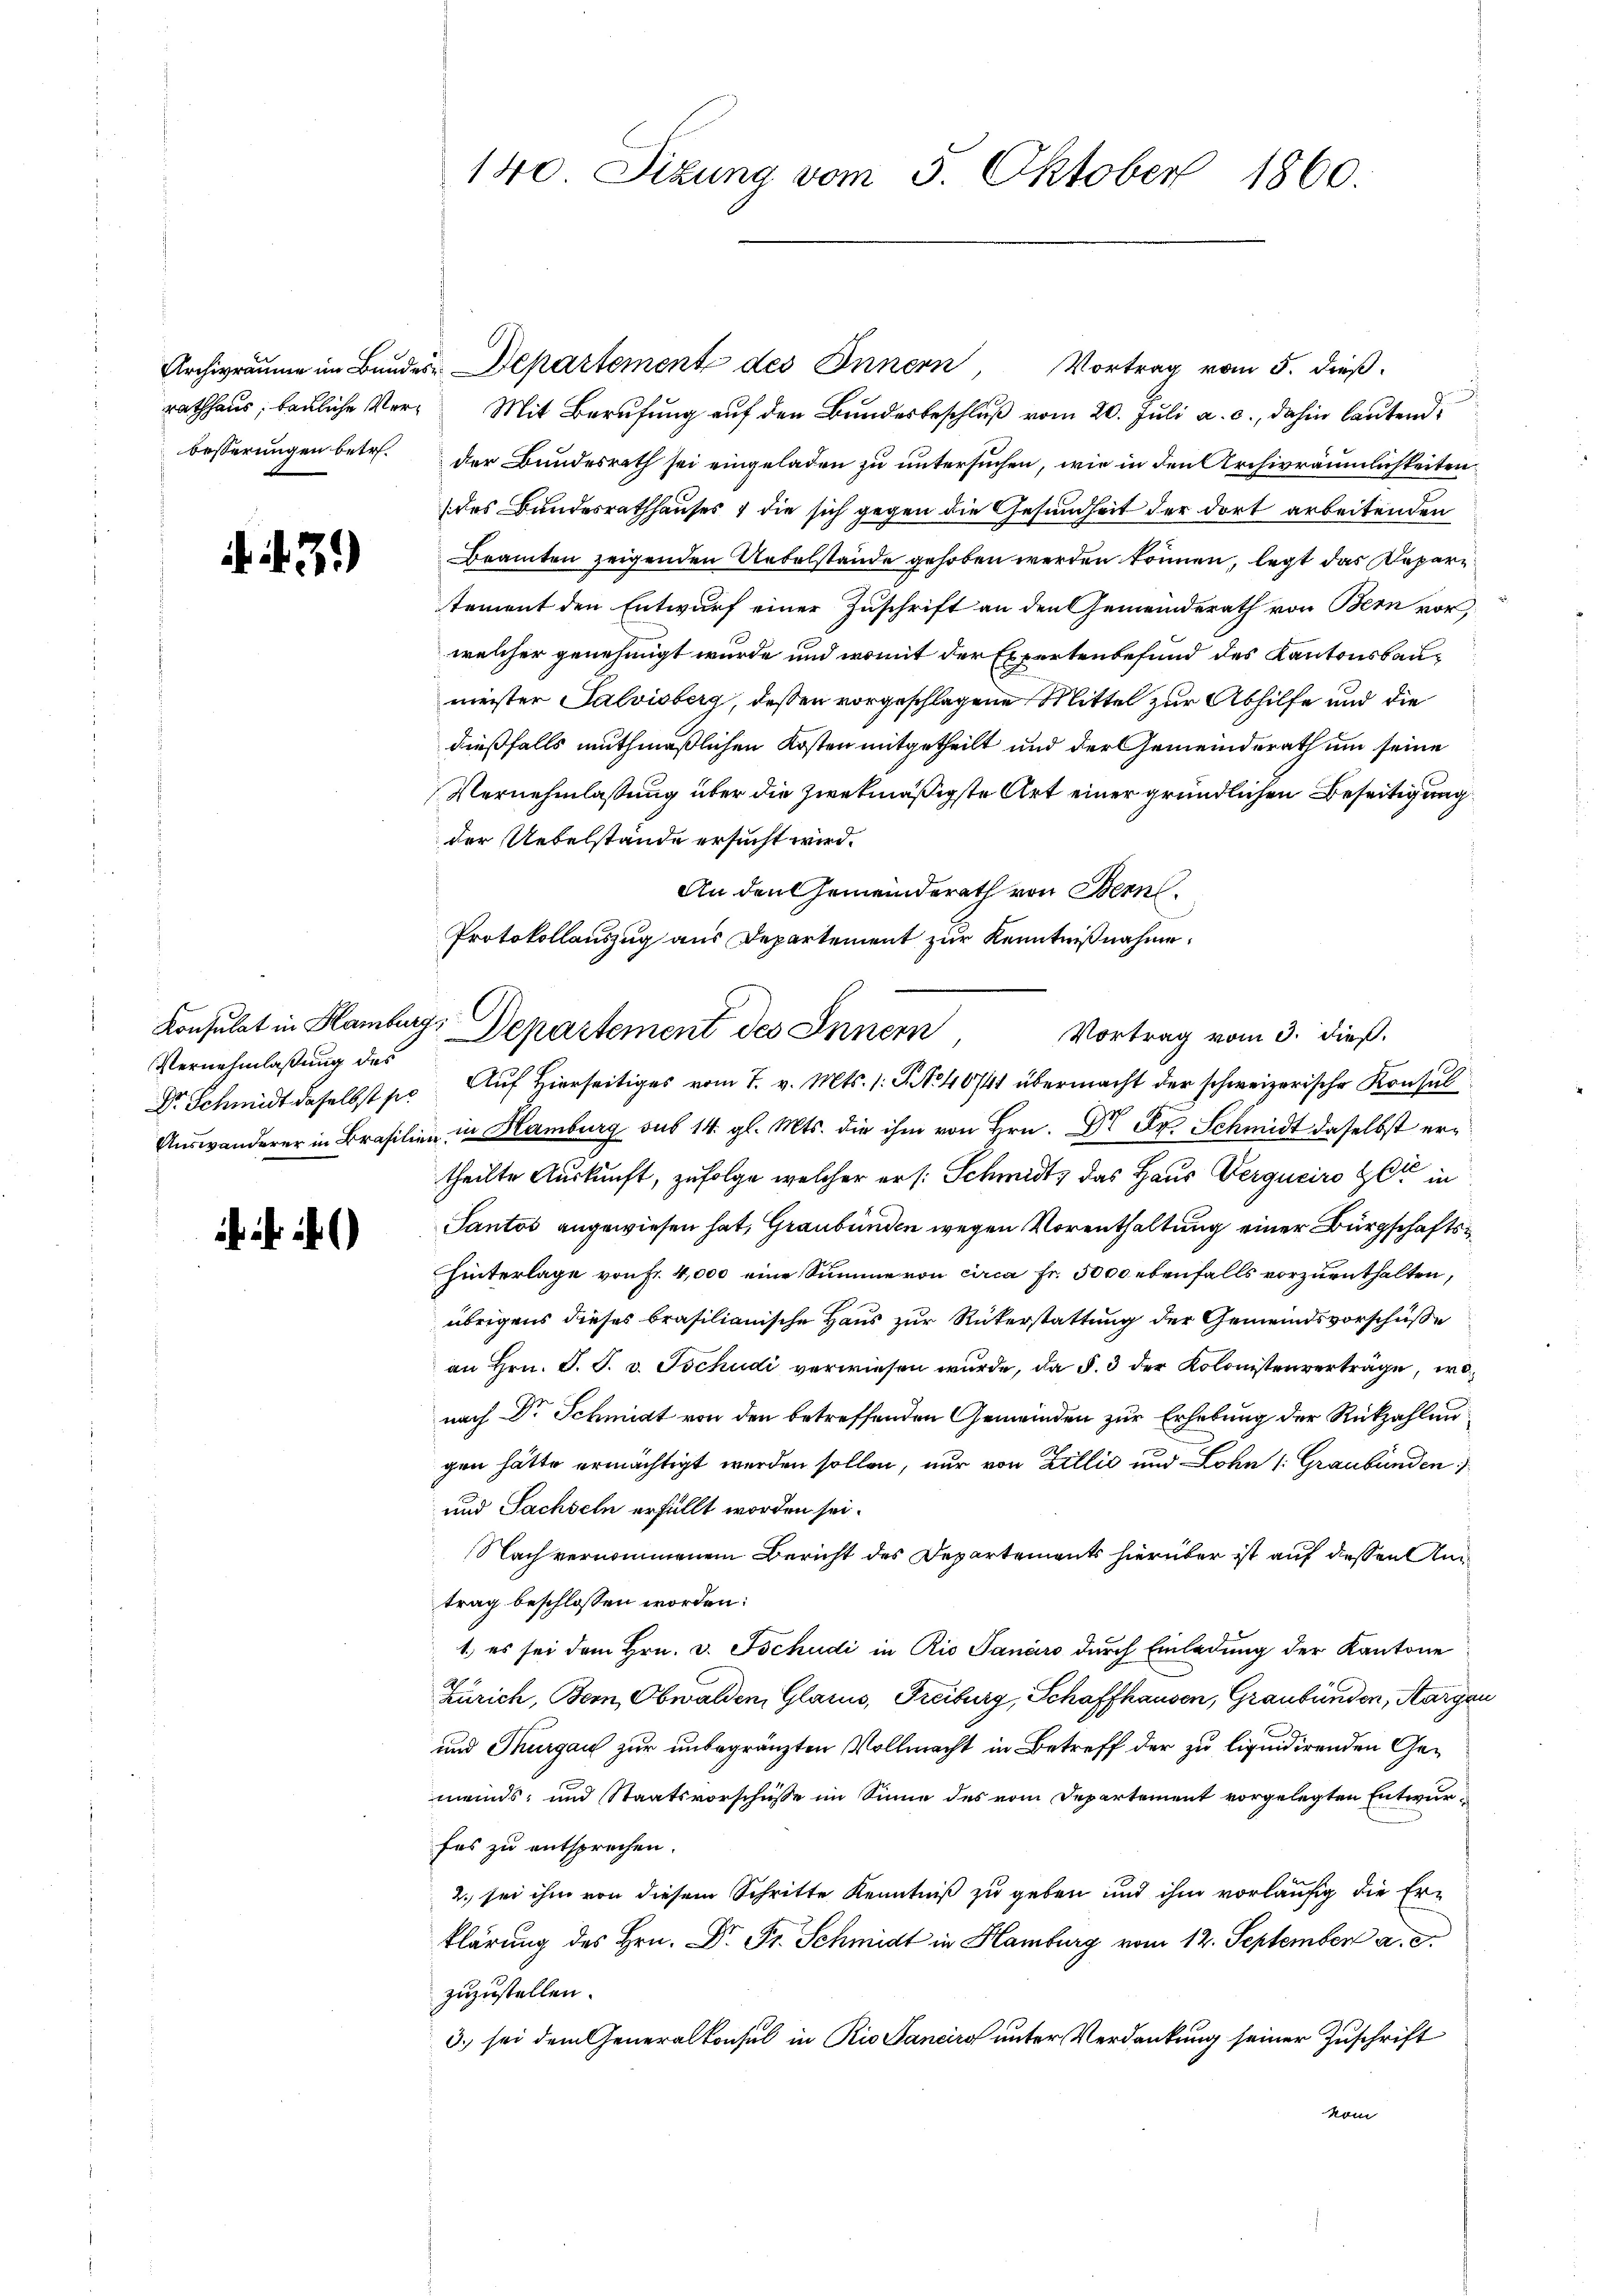
rathhaus; bauliche Verbesserungen betr.

3.)

Vernehmlassung des
Dr. Schmidt daselbst sie

..

140. Sizung vom 5. Oktober 1860.

Archivräume im Bundes-Departement des Innern, Vortrag vom 5. dieß.
Mit Berufung auf den Bundesbeschluß vom 20. Juli a. c., dahin lautend
der Bundesrath sei eingeladen zu untersuchen, wie in den Archivräumlichkeiten
des Bundesrathhauses & die sich gegen die Gesundheit der dort arbeitenden
Beamten zeigenden Uebelstände gehoben werden können, legt das Depar
tement den Entwurf einer Zuschrift an den Gemeinderath von Bern vor,
welcher genehmigt wurde und womit der Expertenbefund des Kantonsbaumeister Salvisberg, dessen vorgeschlagene Mittel zur Abhilfe und die
dießfalls muthmaßlichen Kosten mitgetheilt und der Gemeinderath um seine
Vernehmlassung über die zwekmäßigste Art einer gründlichen Beseitigung
der Uebelstände ersucht wird.
An den Gemeinderath von Bern.
Protokollauszug aus Departement zur Kenntnißnahme.
Auswanderer in Brasilie in Hamburg sub 14. gl. Mts. die ihm von Hrn. Dr Fr. Schmidt daselbst ertheilte Auskunft, zufolge welcher er /: Schmidt, das Haus Verguciro et in
Pantos angewiesen hat, Graubünden wegen Vorenthaltung einer Bürgschaftshinterlage von Fr. 4,000 eine Summe von circa Fr. 5000 ebenfalls vorzuenthalten,
übrigens dieses brasilianische Haus zur Rükerstattung der Gemeindsvorschüße
an Hrn. J. J. v. Tschudi verwiesen wurde, da §. 3 der Kolonistenverträge, wonach Dr Schmidt von den betreffenden Gemeinden zur Erhebung der Rückzahlengen hätte ermächtigt werden sollen, nur von Zillić und Lohn /: Graubünden
und Sachseln erfüllt worden sei.
Nach vernommenem Bericht des Departements hierüber ist auf dessen Antrag beschlossen worden:
1.) es sei dem Hrn. v. Tschudi in Rio Sanaro durch Einladung der Kantone
Zürich, Bern, Obwalden, Glarus, Freiburg, Schaffhausen, Graubünden, Aargau
und Thurgau zur unbegränzten Vollmacht in Betreff der zu liquidirenden Gemeinds- und Staatsvorschüsse im Sinne des vom Departement vorgelegten Entwurfes zu entsprechen.
2. sei ihm von diesem Schritte Kenntniß zu geben und ihm vorläufig die Erklärung des Hrn. Dr. Fr. Schmidt in Hamburg vom 12. September a. c.
zuzustellen.
3. sei dem Generalkonsul in Riovanciro unter Verdankung seiner Zuschrift
kom

Konsulat in Hamburg, Departement des Innern
Auf Hierseitiges vom 7. v. Mts. 1. No 40/41 übermacht der schweizerische Konsul

Vortrag vom 3. dieß.